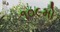
૧૦૯મો